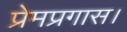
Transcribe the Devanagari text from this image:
प्रेमप्रगास।